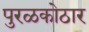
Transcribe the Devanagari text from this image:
पुरळकोठार